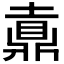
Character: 𪔄